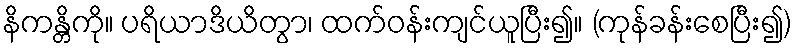
နိကန္တိကို။ ပရိယာဒိယိတွာ၊ ထက်ဝန်းကျင်ယူပြီး၍။ (ကုန်ခန်းစေပြီး၍)